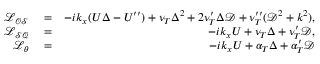
\begin{array} { r l r } { \mathcal { L _ { O S } } } & { { } = } & { - i k _ { x } ( U \Delta - U ^ { \prime \prime } ) + \nu _ { T } \Delta ^ { 2 } + 2 \nu _ { T } ^ { \prime } \Delta \mathcal { D } + \nu _ { T } ^ { \prime \prime } ( \mathcal { D } ^ { 2 } + k ^ { 2 } ) , } \\ { \mathcal { L _ { S Q } } } & { { } = } & { - i k _ { x } U + \nu _ { T } \Delta + \nu _ { T } ^ { \prime } \mathcal { D } , } \\ { \mathcal { L _ { \theta } } } & { { } = } & { - i k _ { x } U + \alpha _ { T } \Delta + \alpha _ { T } ^ { \prime } \mathcal { D } } \end{array}